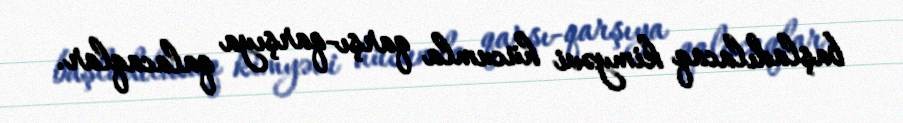
başladılacaq kimyəvi hücumla qarşı-qarşıya qalacaqlar.